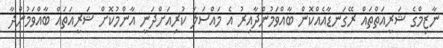
ނާޒިމްގެ ޝަރީއަތްތައް ރޭގަނޑާއެއްކޮން ބާއްވަމުންދާއިރު އެ މައްސަލަ ކުރިއަށްދަނީ އާންމުކޮށް ޝަރީއަތައް ބާއްވަމުންދާ